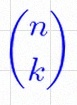
\binom{n}{k}